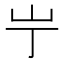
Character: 𫵲